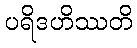
ပရိဒဟိဿတိ